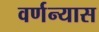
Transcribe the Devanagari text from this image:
वर्णन्यास